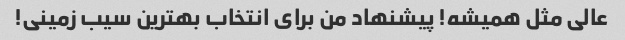
عالی مثل همیشه! پیشنهاد من برای انتخاب بهترین سیب زمینی!